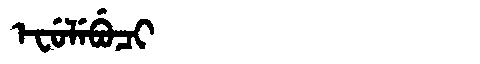
Manchu: ᡝᠸᡠᠯᡝᠪᡠᠴᡳ
Romanization: EFULEBUCI